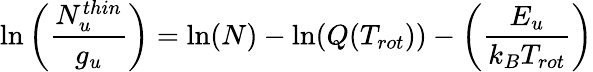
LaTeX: \ln\left(\frac{N_{u}^{thin}}{g_{u}}\right)=\ln(N)-\ln(Q(T_{rot}))-\left(\frac{E_{u}}{k_{B}T_{rot}}\right)